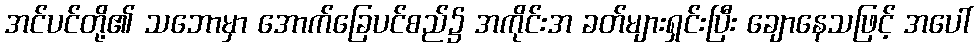
အင်ပင်တို့၏ သဘောမှာ အောက်ခြေပင်စည်၌ အကိုင်းအ ခတ်များရှင်းပြီး ချောနေသဖြင့် အပေါ်